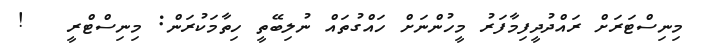
މިނިސްޓަރަށް ރައްދުދީފިމާފަރު މީހުންނަށް ހައްގުތައް ނުލިބޭތީ ހިތާމަކުރަން: މިނިސްޓްރީ   !